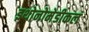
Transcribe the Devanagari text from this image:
इथोनोमेडीकल